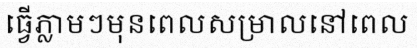
ធ្វើភ្លាមៗមុនពេលសម្រាលនៅពេល